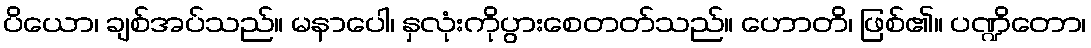
ပိယော၊ ချစ်အပ်သည်။ မနာပေါ၊ နှလုံးကိုပွားစေတတ်သည်။ ဟောတိ၊ ဖြစ်၏။ ပဏ္ဍိတော၊